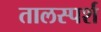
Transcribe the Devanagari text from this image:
तालस्पर्श